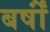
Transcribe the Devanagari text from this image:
बर्षोंं